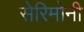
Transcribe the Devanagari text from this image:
सेरिमोनी